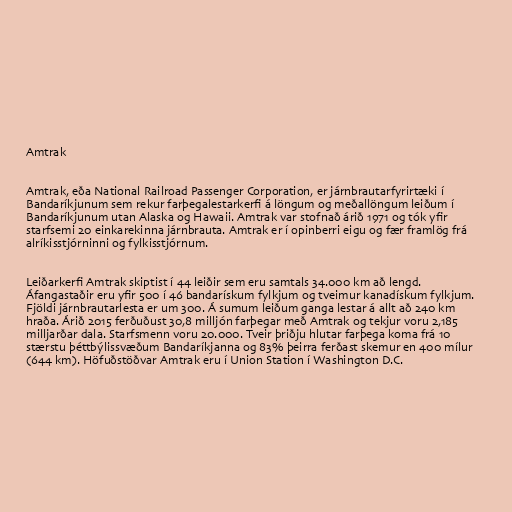
Amtrak

Amtrak, eða National Railroad Passenger Corporation, er járnbrautarfyrirtæki í
Bandaríkjunum sem rekur farþegalestarkerfi á löngum og meðallöngum leiðum í
Bandaríkjunum utan Alaska og Hawaii. Amtrak var stofnað árið 1971 og tók yfir
starfsemi 20 einkarekinna járnbrauta. Amtrak er í opinberri eigu og fær framlög frá
alríkisstjórninni og fylkisstjórnum.

Leiðarkerfi Amtrak skiptist í 44 leiðir sem eru samtals 34.000 km að lengd.
Áfangastaðir eru yfir 500 í 46 bandarískum fylkjum og tveimur kanadískum fylkjum.
Fjöldi járnbrautarlesta er um 300. Á sumum leiðum ganga lestar á allt að 240 km
hraða. Árið 2015 ferðuðust 30,8 milljón farþegar með Amtrak og tekjur voru 2,185
milljarðar dala. Starfsmenn voru 20.000. Tveir þriðju hlutar farþega koma frá 10
stærstu þéttbýlissvæðum Bandaríkjanna og 83% þeirra ferðast skemur en 400 mílur
(644 km). Höfuðstöðvar Amtrak eru í Union Station í Washington D.C.